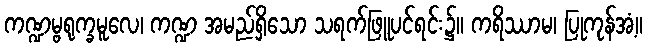
ကဏ္ဍမ္ဗရုက္ခမူလေ၊ ကဏ္ဍ အမည်ရှိသော သရက်ဖြူပင်ရင်း၌။ ကရိဿာမ၊ ပြုကုန်အံ့။